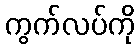
ကွက်လပ်ကို